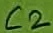
Text: C2